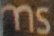
ms